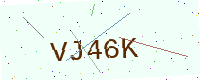
Text: VJ46K